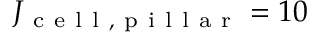
J _ { \mathrm { ~ c ~ e ~ l ~ l ~ , ~ p ~ i ~ l ~ l ~ a ~ r ~ } } = 1 0